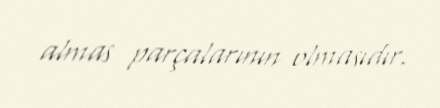
almas parçalarının olmasıdır.